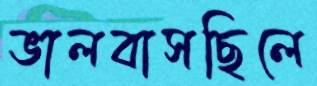
ভালবাসছিলে